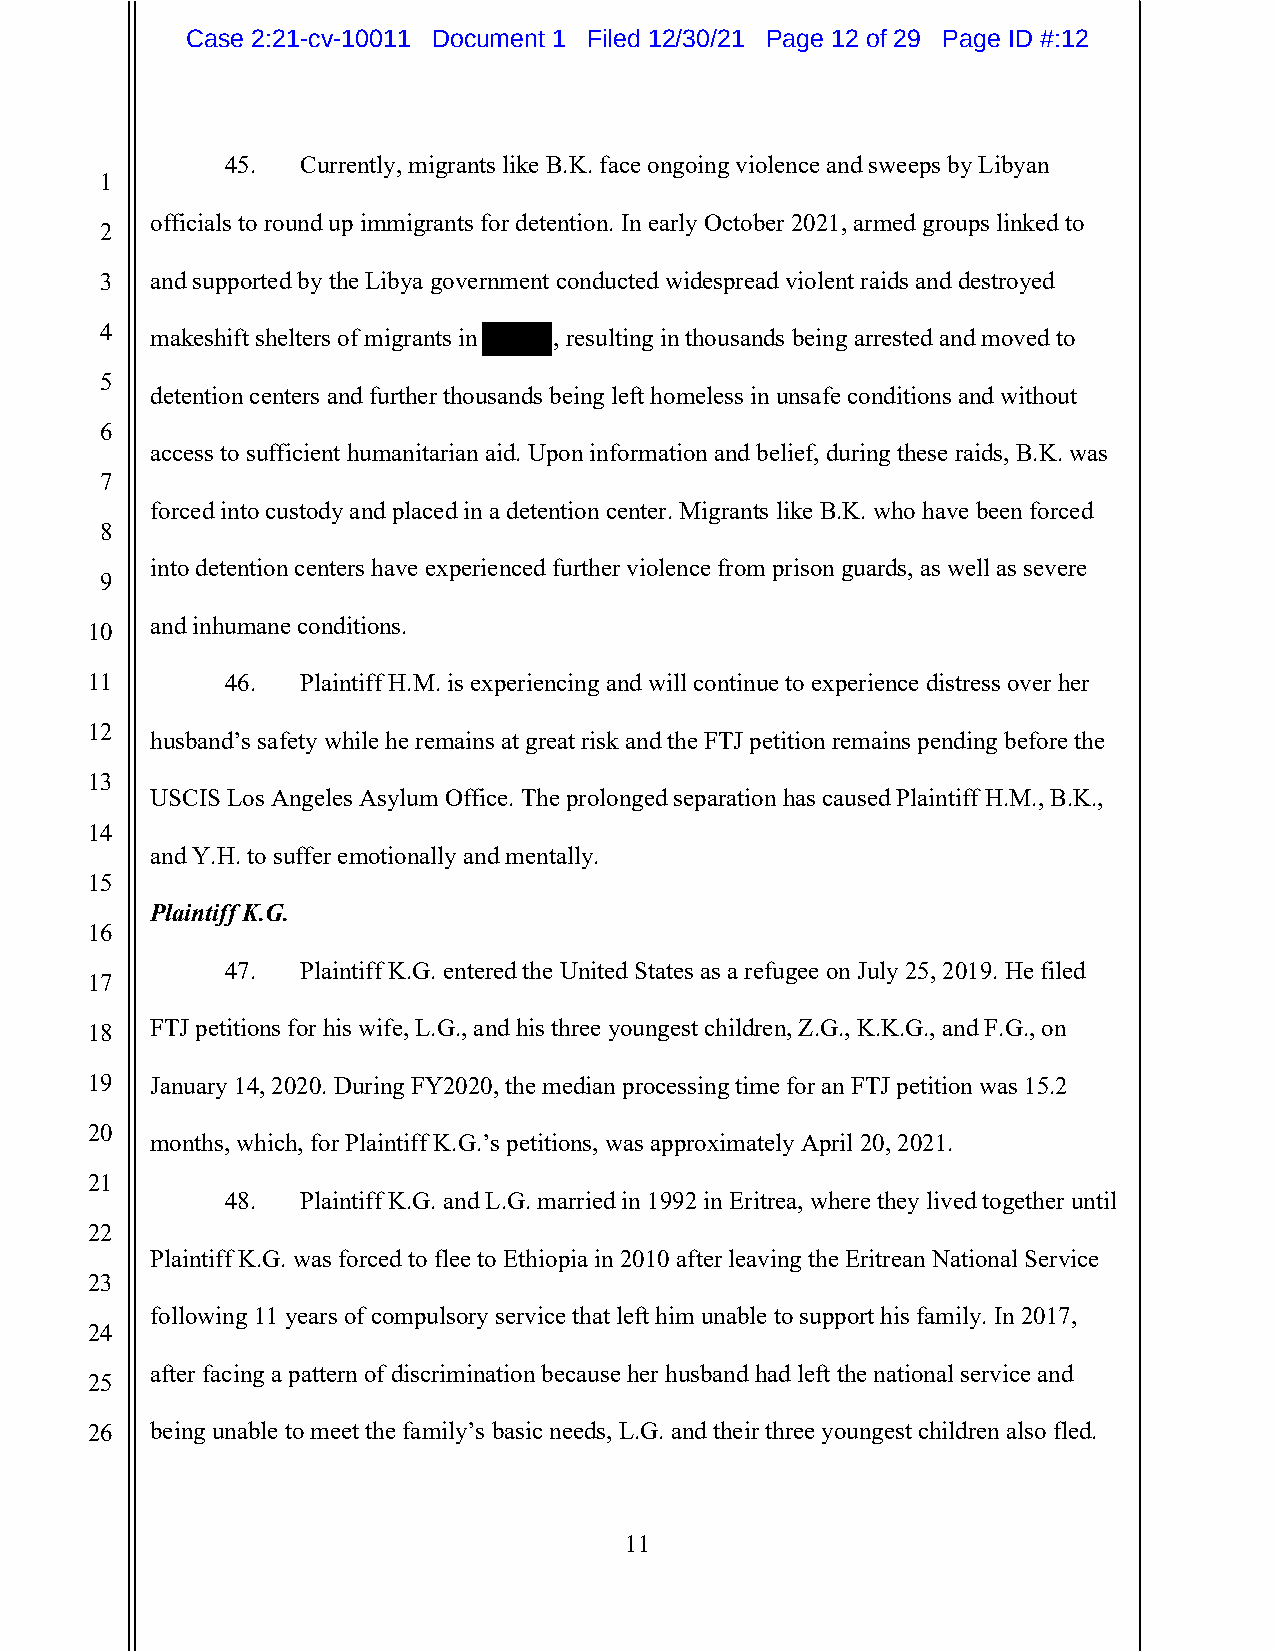
Case 2:21-cv-10011 Document 1 Filed 12/30/21 Page 12 of 29 Page ID #:12
 45.  Currently, migrants like B.K. face ongoing violence and sweeps by Libyan
 1
 officials to round up immigrants for detention. In early October 2021, armed groups linked to
 2
 3  and supported by the Libya government conducted widespread violent raids and destroyed
 4  makeshift shelters of migrants in , resulting in thousands being arrested and moved to
 5
 detention centers and further thousands being left homeless in unsafe conditions and without
 6
 access to sufficient humanitarian aid. Upon information and belief, during these raids, B.K. was
 7
 forced into custody and placed in a detention center. Migrants like B.K. who have been forced
 8
 into detention centers have experienced further violence from prison guards, as well as severe
 9
 and inhumane conditions.
 10
 11       46.  Plaintiff H.M. is experiencing and will continue to experience distress over her
 12
 husband’s safety while he remains at great risk and the FTJ petition remains pending before the
 13
 USCIS Los Angeles Asylum Office. The prolonged separation has caused Plaintiff H.M., B.K.,
 14
 and Y.H. to suffer emotionally and mentally.
 15
 Plaintiff K.G.
 16
 47.  Plaintiff K.G. entered the United States as a refugee on July 25, 2019. He filed
 17
 18  FTJ petitions for his wife, L.G., and his three youngest children, Z.G., K.K.G., and F.G., on
 19  January 14, 2020. During FY2020, the median processing time for an FTJ petition was 15.2
 20
 months, which, for Plaintiff K.G.’s petitions, was approximately April 20, 2021.
 21
 48.  Plaintiff K.G. and L.G. married in 1992 in Eritrea, where they lived together until
 22
 Plaintiff K.G. was forced to flee to Ethiopia in 2010 after leaving the Eritrean National Service
 23
 following 11 years of compulsory service that left him unable to support his family. In 2017,
 24
 after facing a pattern of discrimination because her husband had left the national service and
 25
 26  being unable to meet the family’s basic needs, L.G. and their three youngest children also fled.
 11